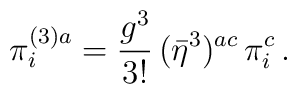
\pi_i^{(3)a}=\frac{g^3}{3!}\,(\bar\eta^3)^{ac}\,\pi_i^c\,.